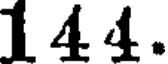
144.